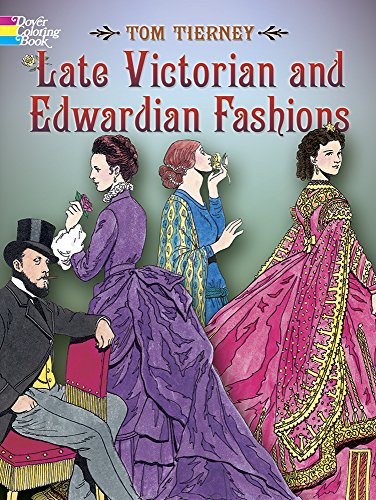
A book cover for Late Victorian and Edwardian Fashions (Dover Fashion Coloring Book); Tom Tierney; Children's Books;